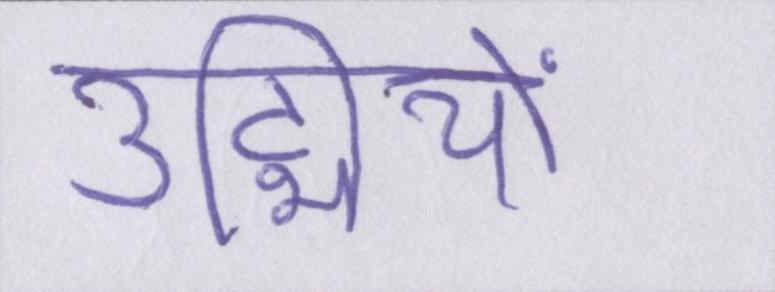
उद्मियों